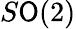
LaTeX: S\mathsf{O}(2)